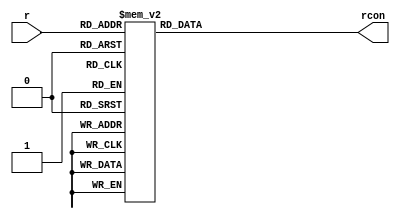
`timescale 1ns / 1ps

module rcon(
    input [3:0] r,
    output reg [31:0] rcon 
    );

    always @(*) begin
        case(r)
            4'h1: rcon=32'h01000000;
            4'h2: rcon=32'h02000000;
            4'h3: rcon=32'h04000000;
            4'h4: rcon=32'h08000000;
            4'h5: rcon=32'h10000000;
            4'h6: rcon=32'h20000000;
            4'h7: rcon=32'h40000000;
            4'h8: rcon=32'h80000000;
            4'h9: rcon=32'h1b000000;
            4'ha: rcon=32'h36000000;
            default: rcon=32'h00000000;
        endcase
    end
endmodule